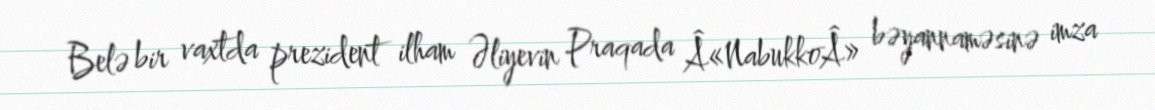
Belə bir vaxtda prezident ilham Əliyevin Praqada Â«NabukkoÂ» bəyannaməsinə imza